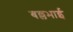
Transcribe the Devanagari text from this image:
बल्लभाई